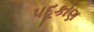
પદૂકોણ